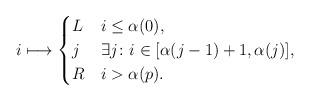
LaTeX: \begin{align*}{i}&\longmapsto \begin{cases}L& i\le \alpha(0),\\j& \exists j\colon i\in [\alpha(j-1)+1,\alpha(j)],\\R& i>\alpha(p).\end{cases}\end{align*}